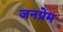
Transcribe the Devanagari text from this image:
जनप्रेम